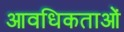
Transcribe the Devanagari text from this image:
आवधिकताओं